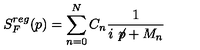
S _ { F } ^ { r e g } ( p ) = \sum _ { n = 0 } ^ { N } C _ { n } \frac { 1 } { i \not \! p + M _ { n } }